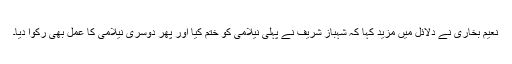
نعیم بخاری نے دلائل میں مزید کہا کہ شہباز شریف نے پہلی نیلامی کو ختم کیا اور پھر دوسری نیلامی کا عمل بھی رکوا دیا۔